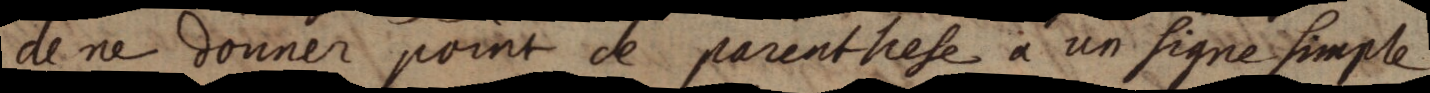
de ne donner point de parenthese a un signe simple